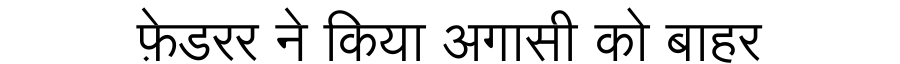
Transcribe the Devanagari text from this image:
फ़ेडरर ने किया अगासी को बाहर